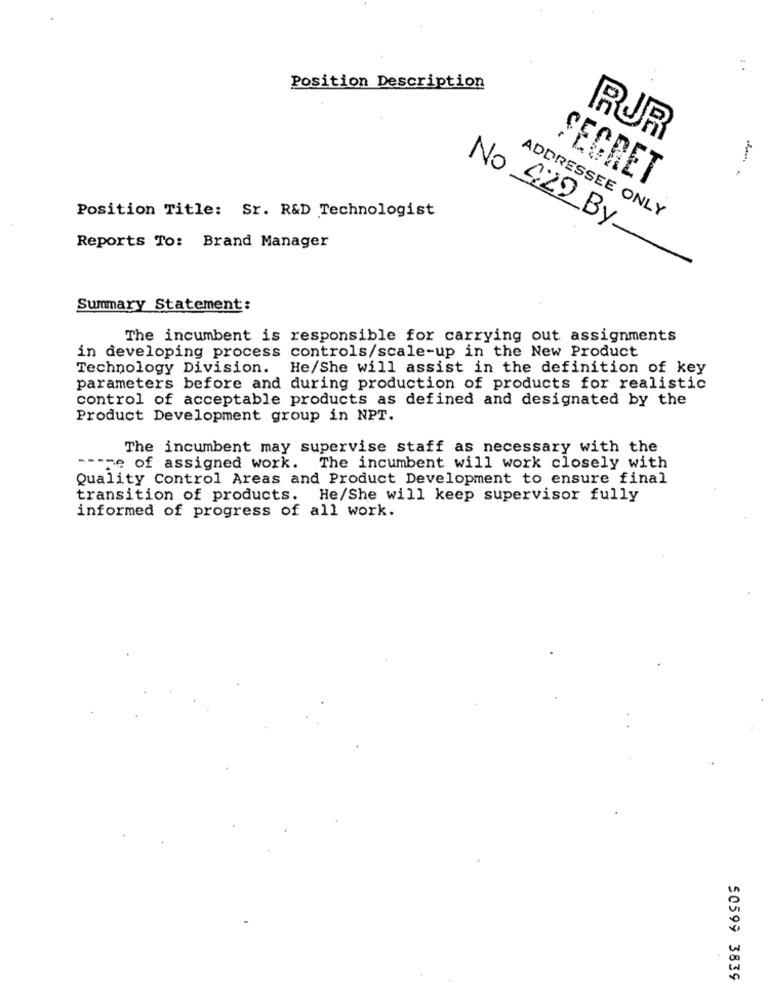
Position Description
RUR
SEGRET
Position Title: Sr. R&D Technologist
ADDRESSEE ONLY
Reports To: Brand Manager
No 422 By_
Summary Statement:
The incumbent is responsible for carrying out assignments
in developing process controls/scale-up in the New Product
Technology Division. He/She will assist in the definition of key
parameters before and during production of products for realistic
control of acceptable products as defined and designated by the
Product Development group in NPT.
The incumbent may supervise staff as necessary with the
-- me of assigned work. The incumbent will work closely with
Quality Control Areas and Product Development to ensure final
transition of products. He/She will keep supervisor fully
informed of progress of all work.
..
50599 3839